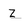
Character: z